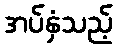
အပ်နှံသည့်